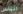
الناس